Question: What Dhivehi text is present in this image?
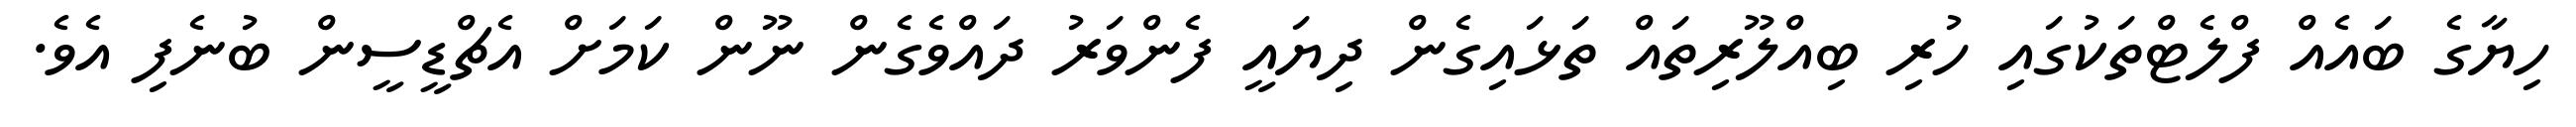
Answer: ހިޔާގެ ބައެއް ފްލެޓްތަކުގައި ހުރި ބިއްލޫރިތައް ތަޅައިގެން ދިޔައީ ފެންވަރު ދައްވެގެން ނޫން ކަމަށް އެޗްޑީސީން ބުނެފި އެވެ.